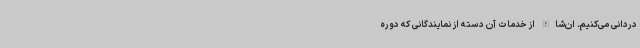
دردانی می‌کنیم. ان‌شاالله از خدمات آن دسته از نمایندگانی که دوره